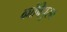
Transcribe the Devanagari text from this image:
कांचिपुरम